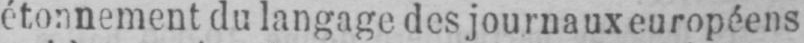
étonnement du langage des journaux européens